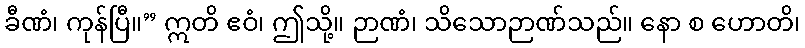
ခီဏံ၊ ကုန်ပြီ။” ဣတိ ဧဝံ၊ ဤသို့။ ဉာဏံ၊ သိသောဉာဏ်သည်။ နော စ ဟောတိ၊